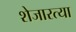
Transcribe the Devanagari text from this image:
शेजारत्या